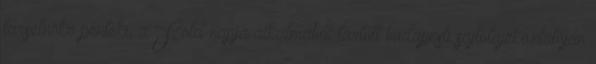
társelnöke pénteki, a Föld napja alkalmából tartott budapesti sajtótájékoztatóján